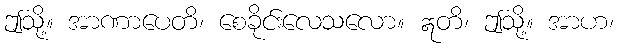
ဤသို့။ အာဏာပေတိ၊ စေခိုင်းလေသလော။ ဣတိ၊ ဤသို့။ အာဟ၊